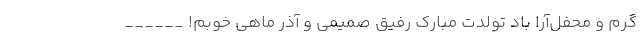
گرم و محفل‌آرا باد تولدت مبارک رفیق صمیمی و آذر ماهی خوبم! ______